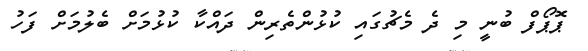
ޕޮޕޯފް ބުނީ މި ދެ މެޗުގައި ކުޅުންތެރިން ދައްކާ ކުޅުމަށް ބެލުމަށް ފަހު